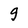
Character: g